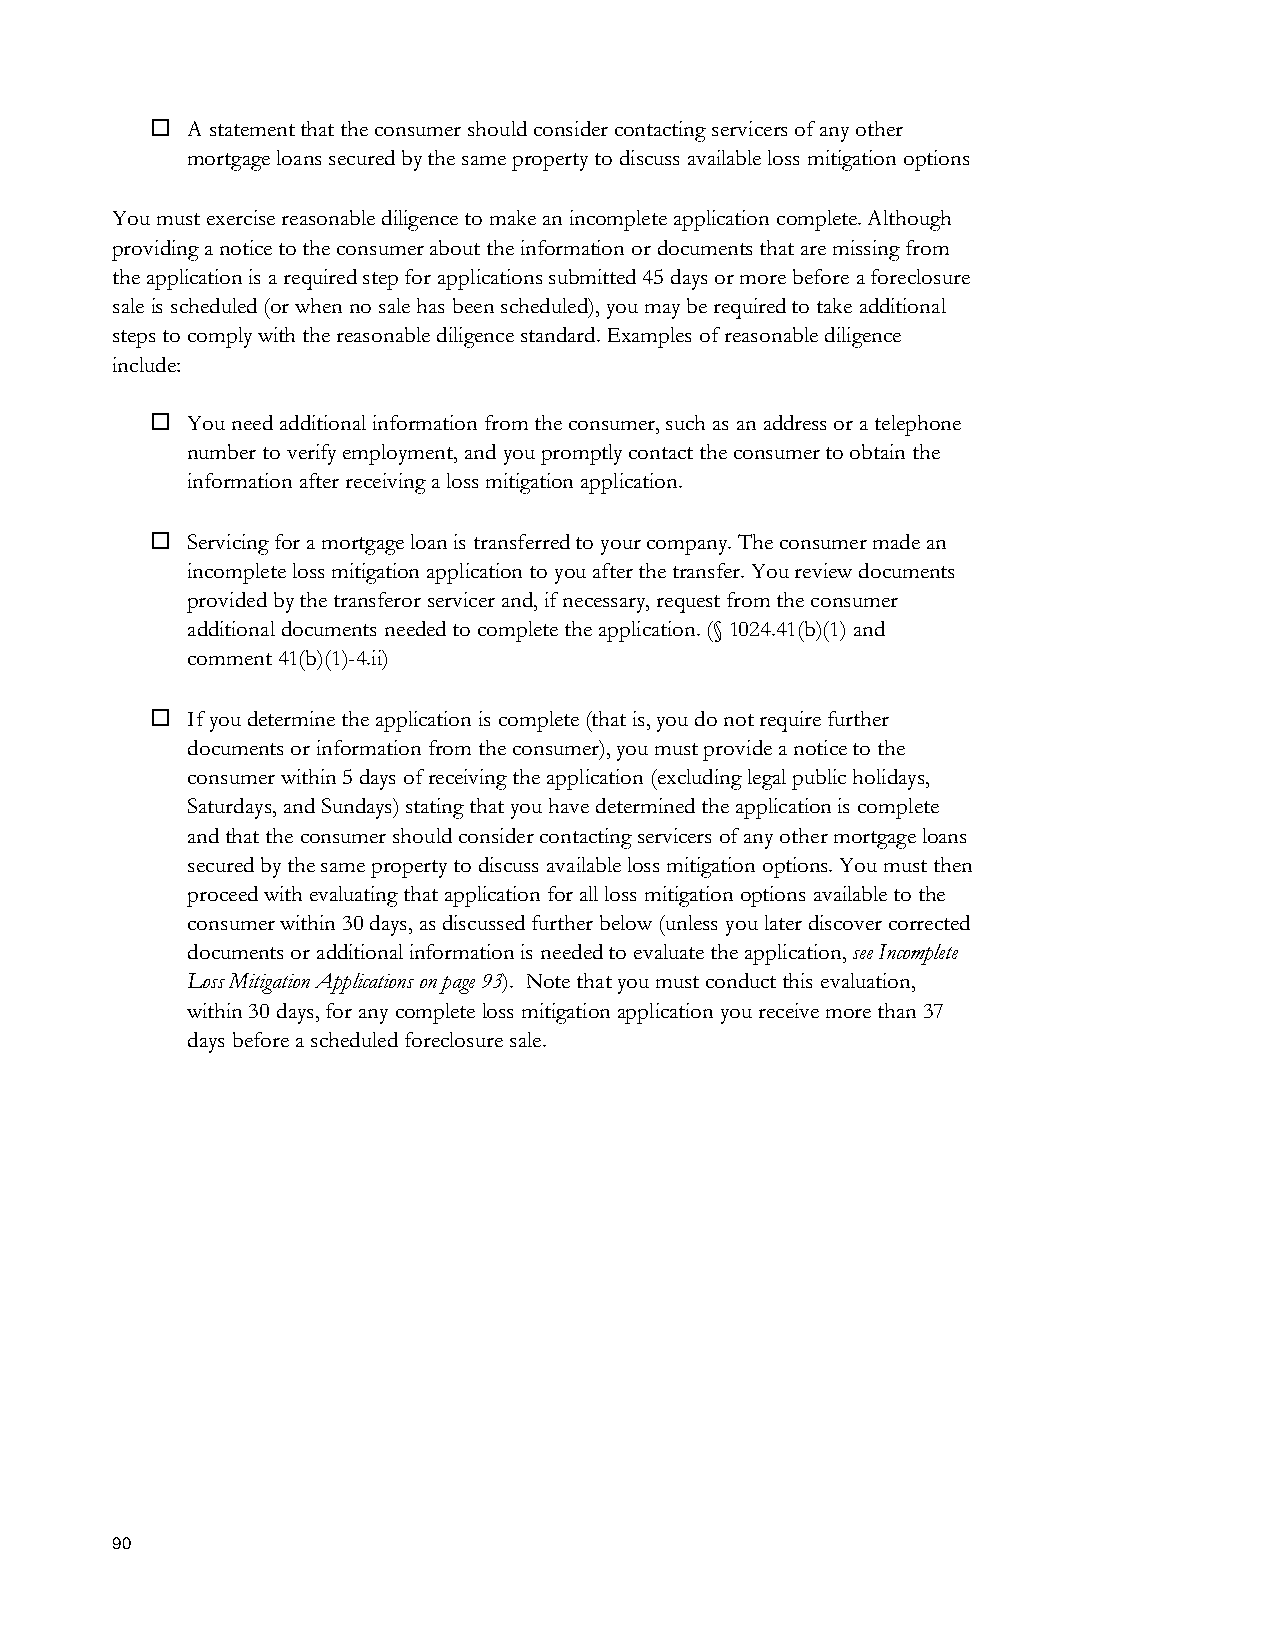
 A statement that the consumer should consider contacting servicers of any other
 mortgage loans secured by the same property to discuss available loss mitigation options
 You must exercise reasonable diligence to make an incomplete application complete. Although
 providing a notice to the consumer about the information or documents that are missing from
 the application is a required step for applications submitted 45 days or more before a foreclosure
 sale is scheduled (or when no sale has been scheduled), you may be required to take additional
 steps to comply with the reasonable diligence standard. Examples of reasonable diligence
 include:
  You need additional information from the consumer, such as an address or a telephone
 number to verify employment, and you promptly contact the consumer to obtain the
 information after receiving a loss mitigation application.
  Servicing for a mortgage loan is transferred to your company. The consumer made an
 incomplete loss mitigation application to you after the transfer. You review documents
 provided by the transferor servicer and, if necessary, request from the consumer
 additional documents needed to complete the application. (§ 1024.41(b)(1) and
 comment 41(b)(1)-4.ii)
  If you determine the application is complete (that is, you do not require further
 documents or information from the consumer), you must provide a notice to the
 consumer within 5 days of receiving the application (excluding legal public holidays,
 Saturdays, and Sundays) stating that you have determined the application is complete
 and that the consumer should consider contacting servicers of any other mortgage loans
 secured by the same property to discuss available loss mitigation options. You must then
 proceed with evaluating that application for all loss mitigation options available to the
 consumer within 30 days, as discussed further below (unless you later discover corrected
 documents or additional information is needed to evaluate the application, see Incomplete
 Loss Mitigation Applications on page 93). Note that you must conduct this evaluation,
 within 30 days, for any complete loss mitigation application you receive more than 37
 days before a scheduled foreclosure sale.
 90